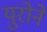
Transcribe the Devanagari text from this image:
युरोने